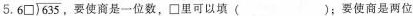
5. 6{\Box }\sqrt{635} ，要使商是一位数，{\Box } 里可以填（）；要使商是两位